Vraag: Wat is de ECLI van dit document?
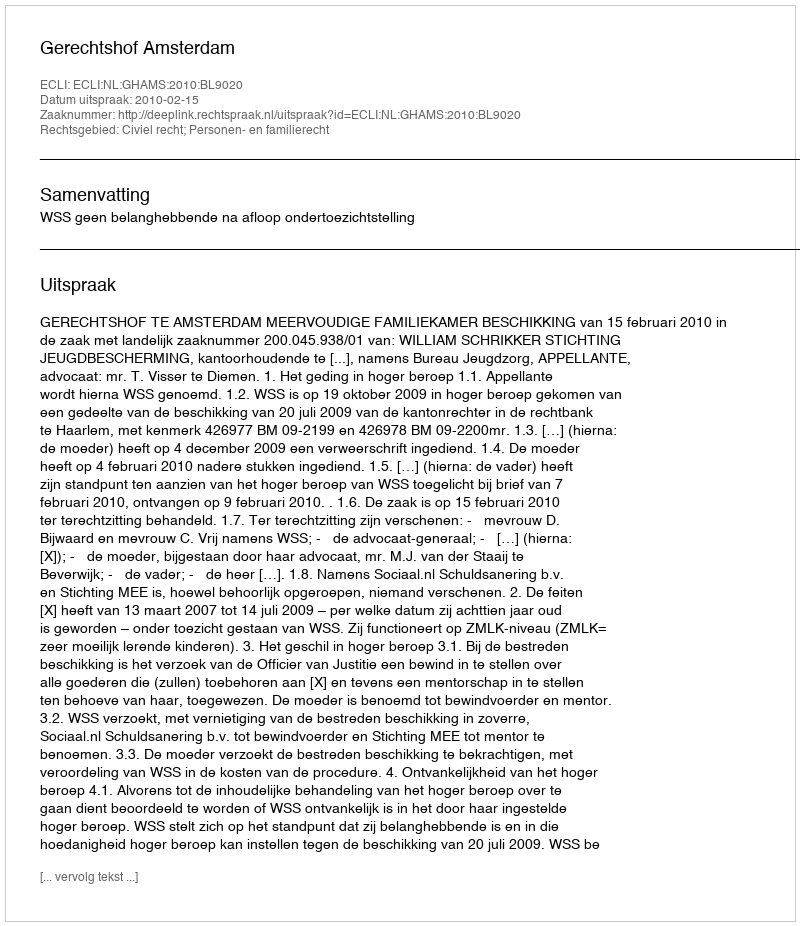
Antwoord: ECLI:NL:GHAMS:2010:BL9020